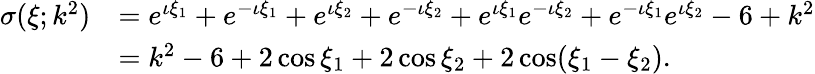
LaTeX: \begin{array}{rl}{\sigma(\xi;k^{2})}&{=e^{\iota\xi_{1}}+e^{-\iota\xi_{1}}+e^{\iota\xi_{2}}+e^{-\iota\xi_{2}}+e^{\iota\xi_{1}}e^{-\iota\xi_{2}}+e^{-\iota\xi_{1}}e^{\iota\xi_{2}}-6+k^{2}}\\ &{=k^{2}-6+2\cos\xi_{1}+2\cos\xi_{2}+2\cos(\xi_{1}-\xi_{2}).}\end{array}